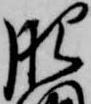
肥